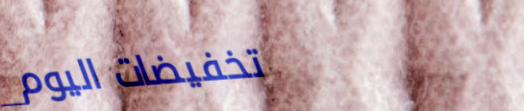
تخفيضات اليوم